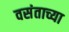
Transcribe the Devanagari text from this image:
वसंताच्या